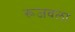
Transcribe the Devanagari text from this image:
रूजवला